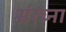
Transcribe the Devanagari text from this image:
संरच्ना